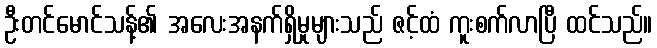
ဦးတင်မောင်သန့်၏ အလေးအနက်ရှိမှုများသည် ဇင့်ထံ ကူးစက်လာပြီ ထင်သည်။